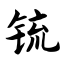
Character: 锍